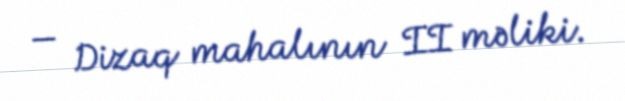
— Dizaq mahalının II məliki.